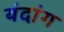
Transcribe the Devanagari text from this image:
यंदांग